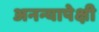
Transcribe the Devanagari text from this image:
अनन्यापेक्षी